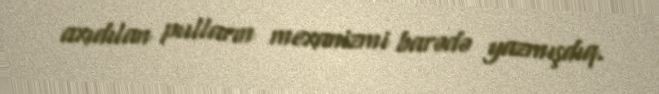
axıdılan pulların mexanizmi barədə yazmışdıq.